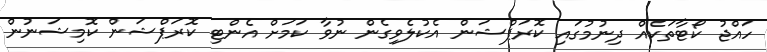
ހައްޖު ކޯޓާތަކެއް ދިނުމުގައި ކޮރަޕްޝަން އެކުލެވިގެން ނުވާ ކަމަށް އެންޓި ކޮރަޕްޝަން ކޮމިޝަނުން